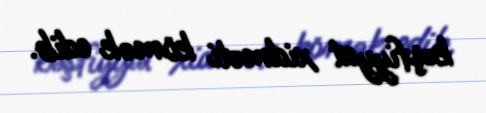
kəşfiyyat xidməti kömək edib.